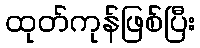
ထုတ်ကုန်ဖြစ်ပြီး